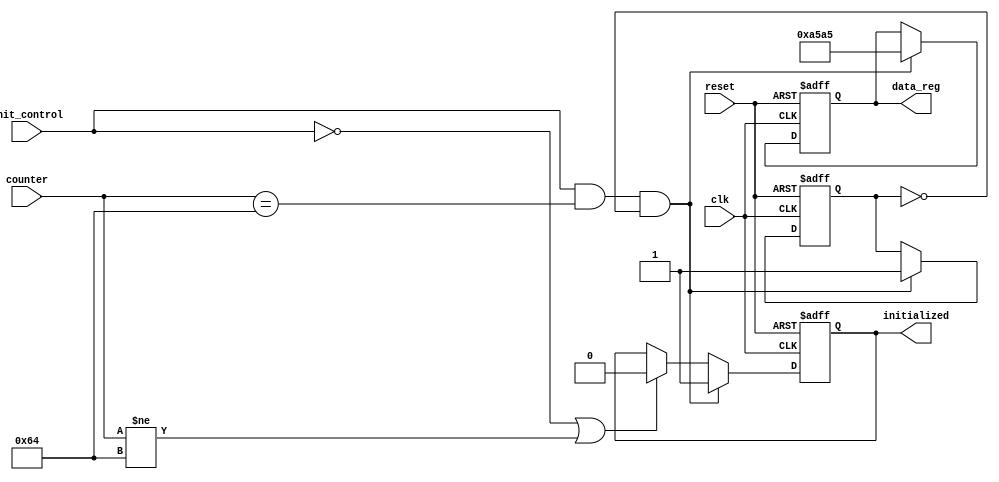
module conditional_initialization (
    input wire clk,                // Clock signal
    input wire reset,              // Asynchronous reset signal
    input wire init_control,       // Control signal for initialization
    input wire [7:0] counter,      // Example counter input for condition
    output reg [15:0] data_reg,    // Register to be initialized
    output reg initialized         // Flag to indicate initialization status
);

    // Predefined initialization values
    parameter [15:0] INIT_VALUE = 16'hA5A5; // Example initialization value

    // State variable to track initialization
    reg init_done;

    // Always block for synchronous initialization
    always @(posedge clk or posedge reset) begin
        if (reset) begin
            // Asynchronous reset
            data_reg <= 16'b0;      // Reset data register
            initialized <= 1'b0;    // Reset initialization flag
            init_done <= 1'b0;       // Reset init state
        end else begin
            // Check initialization conditions
            if (init_control && (counter == 8'd100) && !init_done) begin
                // Initialize the register if conditions are met
                data_reg <= INIT_VALUE;
                initialized <= 1'b1;  // Set initialization flag
                init_done <= 1'b1;     // Mark initialization as done
            end
            // Retain current value if conditions are not met
            else if (!init_control || (counter != 8'd100)) begin
                initialized <= 1'b0;    // Clear initialization flag if conditions are not met
            end
        end
    end

endmodule